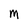
Character: M